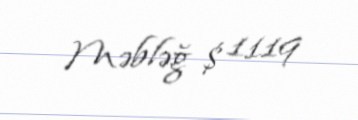
Məbləğ $ 1119